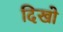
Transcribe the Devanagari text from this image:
दिखो